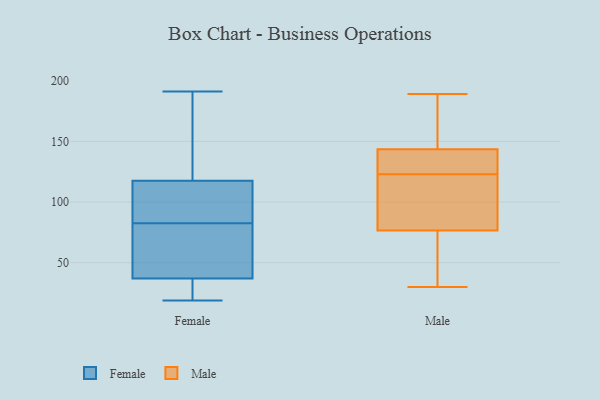
{"axis": {"x": "Net Income (USD K)", "y": "Value"}, "legend": ["Female", "Male"], "data": [{"x": "", "y": 30, "type": "Female"}, {"x": "", "y": 115, "type": "Female"}, {"x": "", "y": 191, "type": "Female"}, {"x": "", "y": 19, "type": "Female"}, {"x": "", "y": 127, "type": "Female"}, {"x": "", "y": 73, "type": "Female"}, {"x": "", "y": 113, "type": "Female"}, {"x": "", "y": 36, "type": "Female"}, {"x": "", "y": 65, "type": "Female"}, {"x": "", "y": 92, "type": "Female"}, {"x": "", "y": 120, "type": "Female"}, {"x": "", "y": 38, "type": "Female"}, {"x": "", "y": 102, "type": "Male"}, {"x": "", "y": 189, "type": "Male"}, {"x": "", "y": 125, "type": "Male"}, {"x": "", "y": 65, "type": "Male"}, {"x": "", "y": 174, "type": "Male"}, {"x": "", "y": 129, "type": "Male"}, {"x": "", "y": 161, "type": "Male"}, {"x": "", "y": 141, "type": "Male"}, {"x": "", "y": 31, "type": "Male"}, {"x": "", "y": 133, "type": "Male"}, {"x": "", "y": 100, "type": "Male"}, {"x": "", "y": 30, "type": "Male"}, {"x": "", "y": 88, "type": "Male"}, {"x": "", "y": 146, "type": "Male"}, {"x": "", "y": 161, "type": "Male"}, {"x": "", "y": 50, "type": "Male"}, {"x": "", "y": 121, "type": "Male"}, {"x": "", "y": 43, "type": "Male"}, {"x": "", "y": 108, "type": "Male"}, {"x": "", "y": 138, "type": "Male"}]}